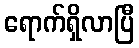
ရောက်ရှိလာပြီ